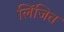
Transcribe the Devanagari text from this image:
लिंजित